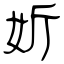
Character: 妡